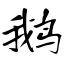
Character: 鹅